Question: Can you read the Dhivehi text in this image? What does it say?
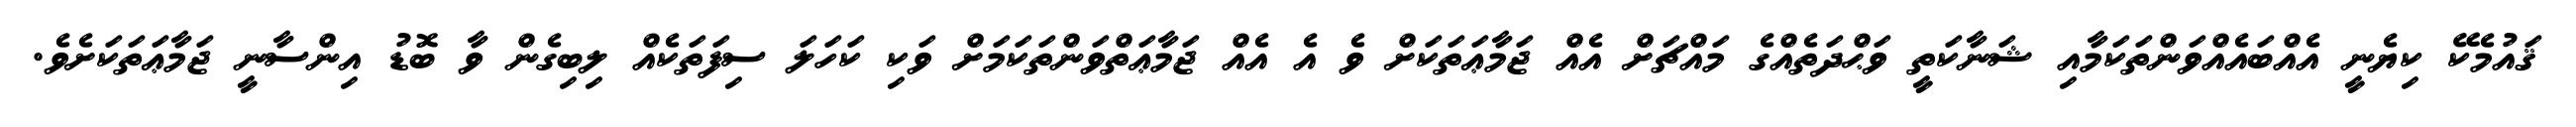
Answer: ޤައުމެކޭ ކިޔެނީ އެއްބައެއްވަންތަކަމާއި ޝަނާކަތީ ވަޙްދަތެއްގެ މައްޗަށް އެއް ޖަމާޢަތަކަށް ވެ އެ އެއް ޖަމާޢަތްވަންތަކަމަށް ވަކި ކަހަލަ ސިފަތަކެއް ލިބިގެން ވާ ބޮޑު އިންސާނީ ޖަމާޢަތަކަށެވެ.